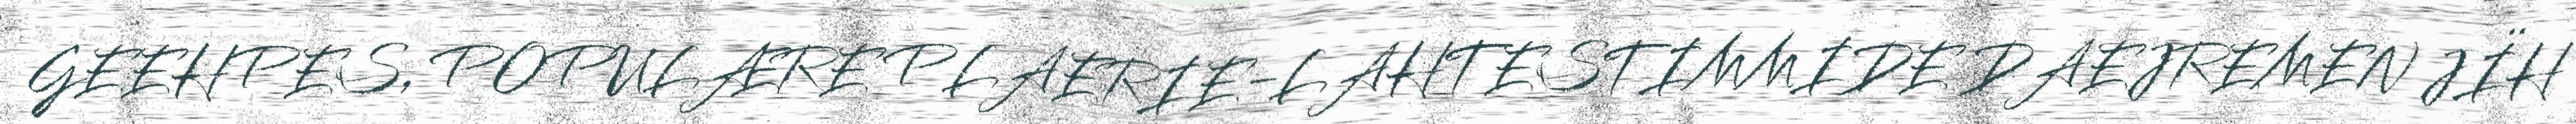
GEEHPES, POPULÆRE PLAERIE-LAHTESTIMMIDE DAEJREMEN JÏH